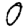
Digit: 0